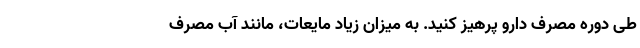
طی دوره مصرف دارو پرهیز کنید. به میزان زیاد مایعات، مانند آب مصرف